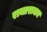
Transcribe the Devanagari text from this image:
राजाराजन